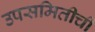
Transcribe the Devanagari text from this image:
उपसमितीची